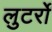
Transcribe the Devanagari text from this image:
लुटर्रों